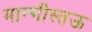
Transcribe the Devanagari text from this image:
मान्गीस्तऊ